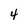
Character: 4